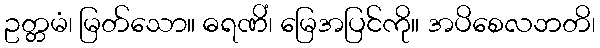
ဥတ္တမံ၊ မြတ်သော။ ဓရဏိံ၊ မြေအပြင်ကို။ အပိစေလဘတိ၊